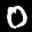
Label: 0